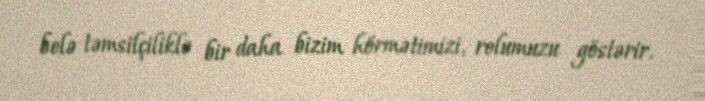
belə təmsilçiliklə bir daha bizim hörmətimizi, rolumuzu göstərir.